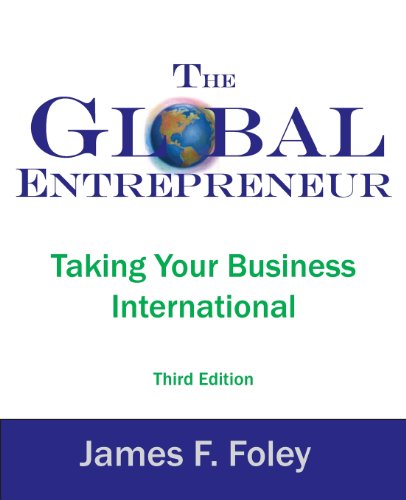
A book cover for The Global Entrepreneur 3rd Edition; James F. Foley; Business & Money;